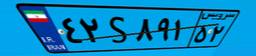
۴۲S۸۹۱۵۲